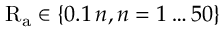
\mathrm { R _ { a } } \in \{ 0 . 1 \, n , n = 1 \ldots 5 0 \}